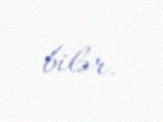
bilər.